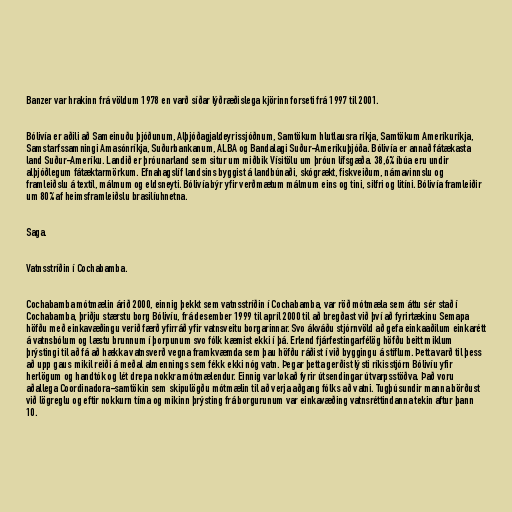
Banzer var hrakinn frá völdum 1978 en varð síðar lýðræðislega kjörinn forseti frá 1997 til 2001.

Bólivía er aðili að Sameinuðu þjóðunum, Alþjóðagjaldeyrissjóðnum, Samtökum hlutlausra ríkja, Samtökum Ameríkuríkja,
Samstarfssamningi Amasónríkja, Suðurbankanum, ALBA og Bandalagi Suður-Ameríkuþjóða. Bólivía er annað fátækasta
land Suður-Ameríku. Landið er þróunarland sem situr um miðbik Vísitölu um þróun lífsgæða. 38,6% íbúa eru undir
alþjóðlegum fátæktarmörkum. Efnahagslíf landsins byggist á landbúnaði, skógrækt, fiskveiðum, námavinnslu og
framleiðslu á textíl, málmum og eldsneyti. Bólivía býr yfir verðmætum málmum eins og tini, silfri og litíni. Bólivía framleiðir
um 80% af heimsframleiðslu brasilíuhnetna.

Saga.

Vatnsstríðin í Cochabamba.

Cochabamba mótmælin árið 2000, einnig þekkt sem vatnsstríðin í Cochabamba, var röð mótmæla sem áttu sér stað í
Cochabamba, þriðju stærstu borg Bólivíu, frá desember 1999 til apríl 2000 til að bregðast við því að fyrirtækinu Semapa
höfðu með einkavæðingu verið færð yfirráð yfir vatnsveitu borgarinnar. Svo ákváðu stjórnvöld að gefa einkaaðilum einkarétt
á vatnsbólum og læstu brunnum í þorpunum svo fólk kæmist ekki í þá. Erlend fjárfestingarfélög höfðu beitt miklum
þrýstingi til að fá að hækka vatnsverð vegna framkvæmda sem þau höfðu ráðist í við byggingu á stíflum. Þetta varð til þess
að upp gaus mikil reiði á meðal almennings sem fékk ekki nóg vatn. Þegar þetta gerðist lýsti ríkisstjórn Bólivíu yfir
herlögum og handtók og lét drepa nokkra mótmælendur. Einnig var lokað fyrir útsendingar útvarpsstöðva. Það voru
aðallega Coordinadora-samtökin sem skipulögðu mótmælin til að verja aðgang fólks að vatni. Tugþúsundir manna börðust
við lögreglu og eftir nokkurn tíma og mikinn þrýsting frá borgurunum var einkavæðing vatnsréttindanna tekin aftur þann
10.